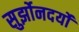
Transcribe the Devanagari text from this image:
सुर्झोनदर्यो